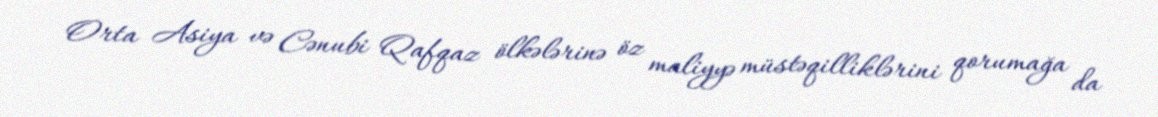
Orta Asiya və Cənubi Qafqaz ölkələrinə öz maliyyə müstəqilliklərini qorumağa da